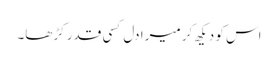
اس کو دیکھ کر میرا دل کسی قدر کڑھا۔